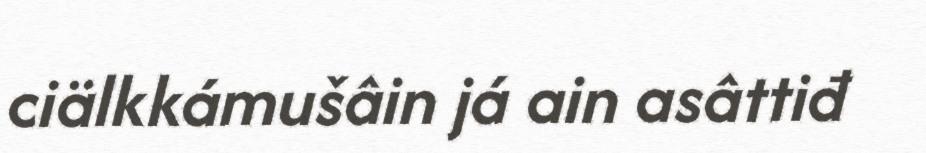
ciälkkámušâin já ain asâttiđ